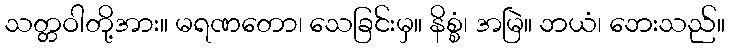
သတ္တဝါတို့အား။ မရဏတော၊ သေခြင်းမှ။ နိစ္စံ၊ အမြဲ။ ဘယံ၊ ဘေးသည်။